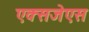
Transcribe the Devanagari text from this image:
एक्सजेएस